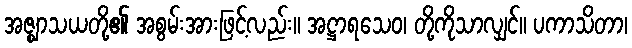
အဇ္ဈာသယတို့၏ အစွမ်းအားဖြင့်လည်း။ အဋ္ဌာရသေဝ၊ တို့ကိုသာလျှင်။ ပကာသိတာ၊